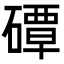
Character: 磹